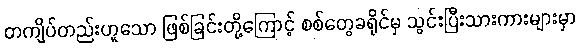
တကျိပ်တည်းဟူသော ဖြစ်ခြင်းတို့ကြောင့် စစ်တွေခရိုင်မှ သွင်းပြီးသားကားများမှာ